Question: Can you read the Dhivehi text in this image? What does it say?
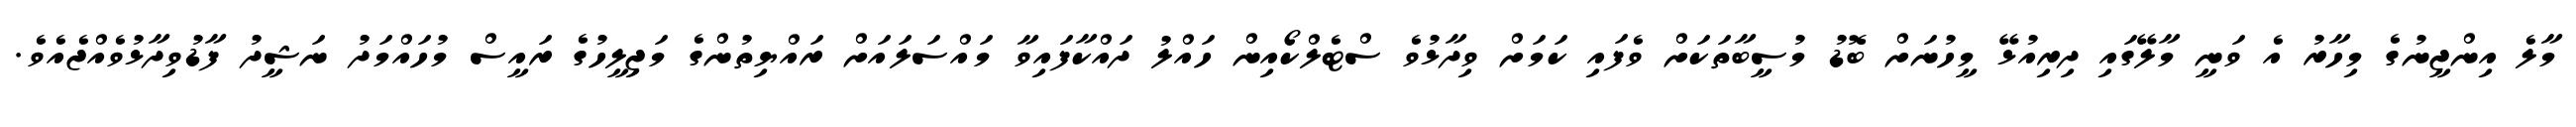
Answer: މާލެ އިންޖީނުގެ މިހާރު އެ ވަނީ މާލޭގައި ދިރިއުޅޭ މީހުނަށް ބޮޑު މުސީބާތަކަށް ވެފައި ކަމަށް ވިދާޅުވެ ސްޓެލްކޯއިން ހައްލު ދައްކާފައިވާ މައްސަލައަށް ރައްޔިތުންގެ މަޖިލީހުގެ ރައީސް މުހައްމަދު ނަޝީދު ފާޑުވިދާޅުވެއްޖެއެވެ.